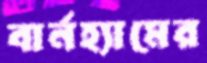
বার্নহ্যামের